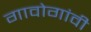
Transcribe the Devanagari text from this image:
गावोगांवी